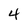
Character: 4